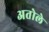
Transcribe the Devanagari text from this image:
अतोले